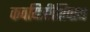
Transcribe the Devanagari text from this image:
कवयित्रींशिवाय